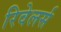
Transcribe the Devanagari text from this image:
रिवेलर्स